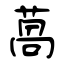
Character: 萵